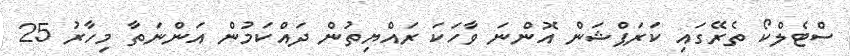
ސްޓެލްކޯ ތެރޭގައި ކަރަޕްޝަން އޮންނަ ވާހަކަ ރައްޔިތުން ދައްކަމުން އަންނަތާ މިހާރު 25